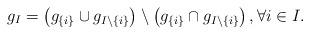
LaTeX: \begin{align*}g_I = \big(g_{\{i\}}\cup g_{I\setminus\{i\}}\big)\setminus \big(g_{\{i\}} \cap g_{I\setminus\{i\}}\big)\,,\forall i\in I.\end{align*}